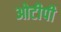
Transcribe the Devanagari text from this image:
ओटीपी